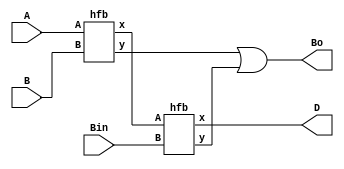
module fsb(output D,Bo, input A,B,Bin);
  wire x,y,z;
  hfb d1(.x(x),.y(y),.A(A), .B(B));
  
  hfb d2(.x(D),.y(z),.A(x),.B(Bin));
 
  or(Bo,y,z);
 
endmodule

module hfb(output x,y, input A,B);
  xor(x,A,B);
  not(cm,A);
  and(y,cm,B);
endmodule